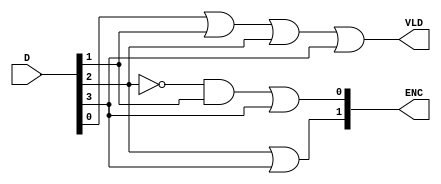
`timescale 1ns / 1ps

/*
    Group Members: Thomas Hudson and Warren Seto

    Lab Name: Combinational Logic
    Project Name: eng312_proj2
    Design Name: priority_encoder.v
    Design Description: Verilog Module for Priority Encoder
*/


module priority_encoder
(
  input [3:0] D,
  output [1:0] ENC,
  output VLD
);

  assign ENC[0] = (~D[2] & D[1]) | D[3];
  assign ENC[1] = D[2] | D[3];
  assign VLD = D[0] | D[1] | D[2] | D[3];
endmodule